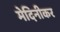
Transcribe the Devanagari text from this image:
मेदिनीकर